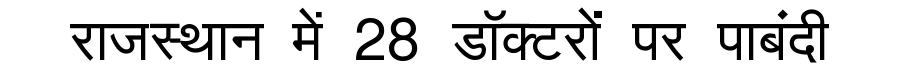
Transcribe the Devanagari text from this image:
राजस्थान में 28 डॉक्टरों पर पाबंदी